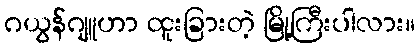
ဂယွန်ဂျူဟာ ထူးခြားတဲ့ မြို့ကြီးပါလား။